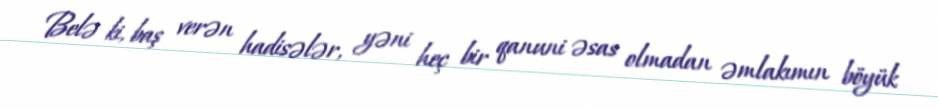
Belə ki, baş verən hadisələr, yəni heç bir qanuni əsas olmadan əmlakımın böyük